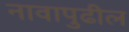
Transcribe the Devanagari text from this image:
नावापुढील